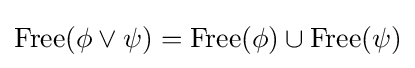
{\mbox{Free}}(\phi \vee \psi )={\mbox{Free}}(\phi )\cup {\mbox{Free}}(\psi )